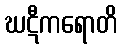
ဃဋီကရောတိ